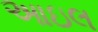
આઇલ